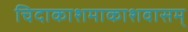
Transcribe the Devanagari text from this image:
चिदाकाशमाकाशवासम्